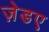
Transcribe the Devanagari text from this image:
ज़ेडए